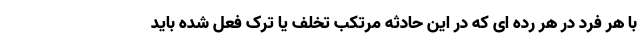
با هر فرد در هر رده ای که در این حادثه مرتکب تخلف یا ترک فعل شده باید